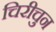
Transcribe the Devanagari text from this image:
चिरीचुन